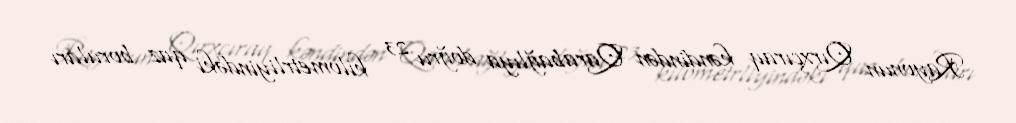
Rayonun Qırxçıraq kəndindən Qarabağlıya doğru 23 kilometrliyindəki qaz boruları